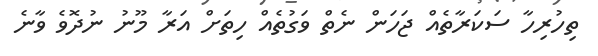
ތިހުރިހާ ސަކަރާތެއް ޖަހަން ނެތް ވަގުތެއް ހިތަށް އަރާ މޫނު ނުދޮވެ ވާނެ